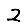
Digit: 2